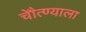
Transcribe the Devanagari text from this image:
चेौत्ण्याला